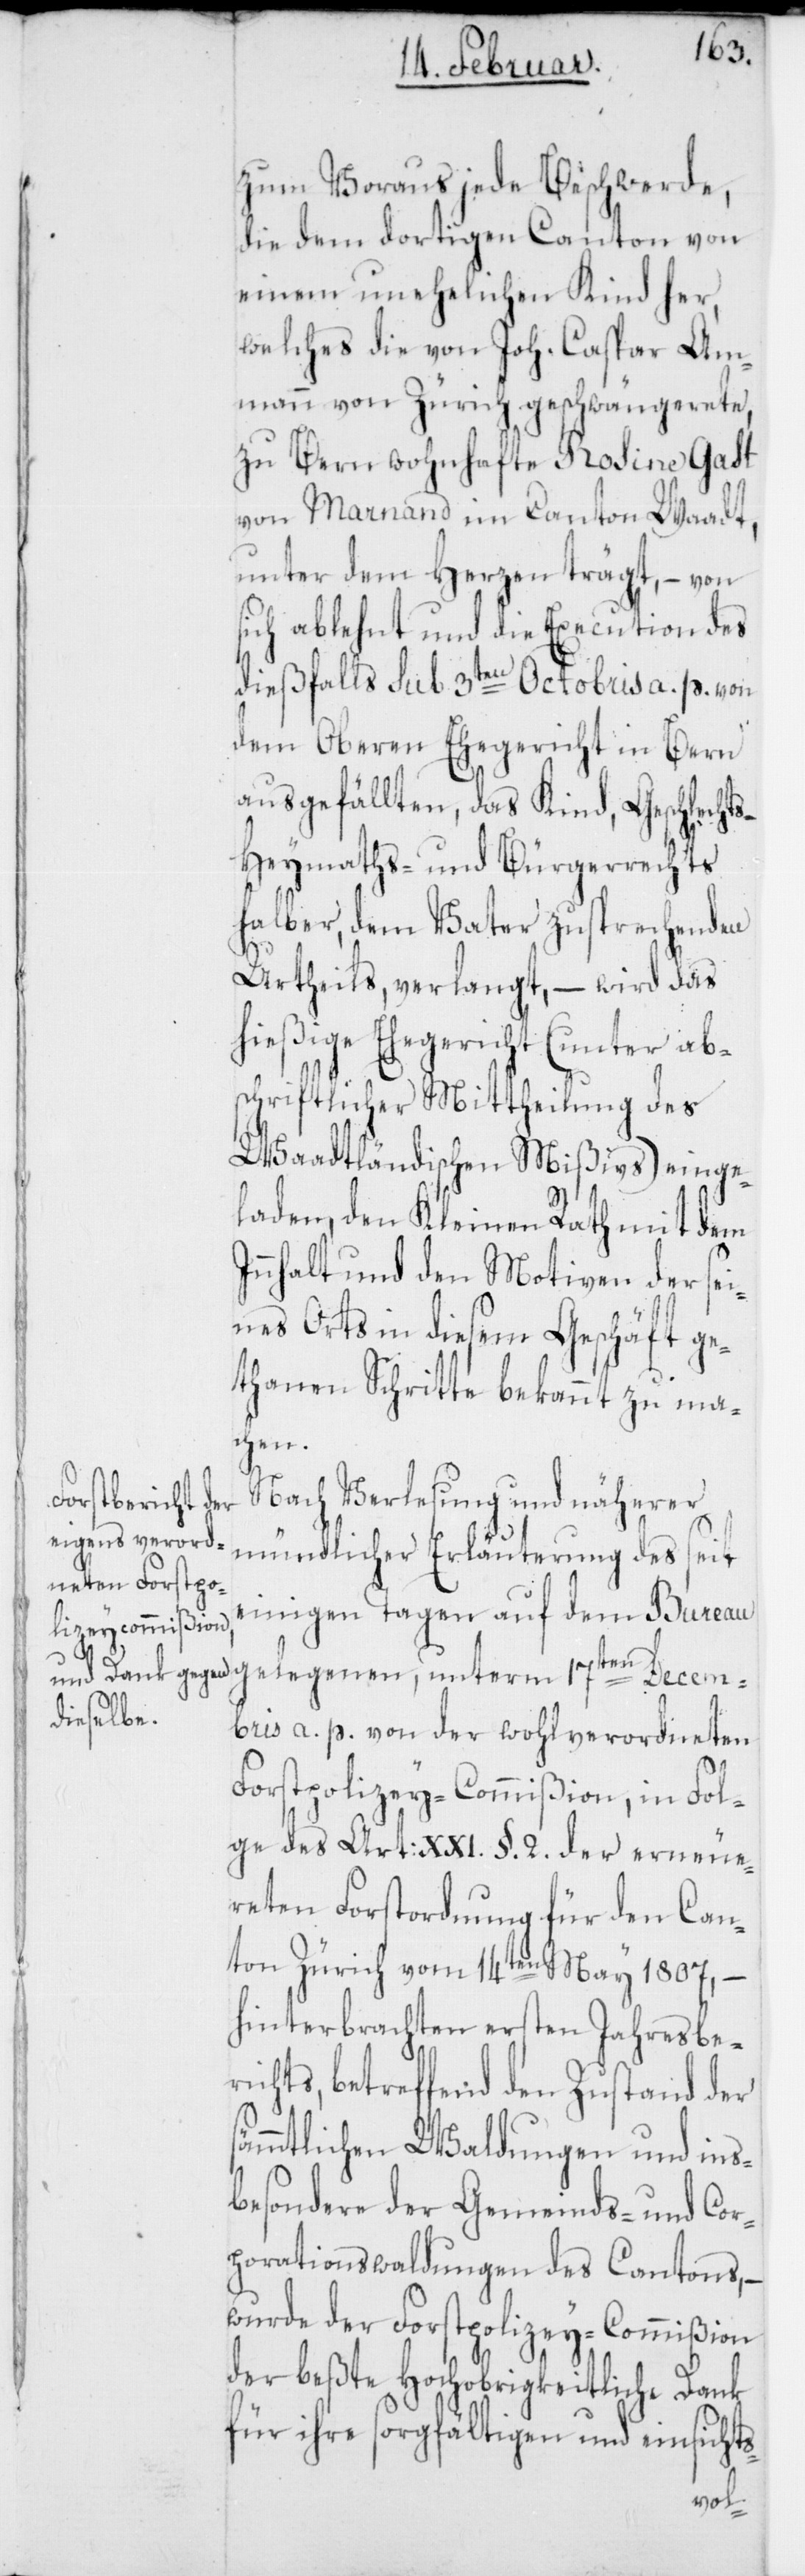
zum Voraus jede Beschwerde,
die dem dortigen Canton von
einem unehelichen Kind her,
welches die von Joh. Caspar Am¬
mann von Zürich geschwängerete,
zu Bern wohnhafte Rosine Gast
von Marnand im Canton Waadt,
unter dem Herzen trägt, – von
sich ablehnt und die Execution des
dießfalls sub 3ten Octobris a. p. von
dem Oberen Ehegericht in Bern
ausgefällten, das Kind, Geschlech¬
Heymaths- und Bürgerrechts
halber, dem Vater zusprechenden
Urtheils, verlangt, – wird das
hießige Ehegericht (unter ab¬
schriftlicher Mittheilung des
Waadtländischen Mißivs) einge¬
laden, den Kleinen Rath mit dem
Innhalt und den Motiven der sei¬
nes Orts in diesem Geschäft ge¬
thanen Schritte bekannt zu ma¬
Decem¬
Nach Verlesung und näherer
mündlicher Erläuterung des seit
einigen Tagen auf dem Bureau
bris a. p. von der wohlverordneten
Forstpolizey-Commißion, in Fol¬
ge des Art: XXI. §. 2. der erneue¬
reten Forstordnung für den Can¬
ton Zürich vom 14ten May 1807.,
hinterbrachten ersten Jahresber¬
ichts, betreffend den Zustand der
ämmtlichen Waldungen und ins¬
besondere der Gemeinds- und Cor¬
porationswaldungen des Cantons, –
wurde der Forstpolizey-Commißion
der beßte hochobrigkeitliche Dank
für ihre sorgfältigen und einsicht¬
s-